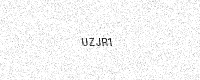
Text: UZJR1